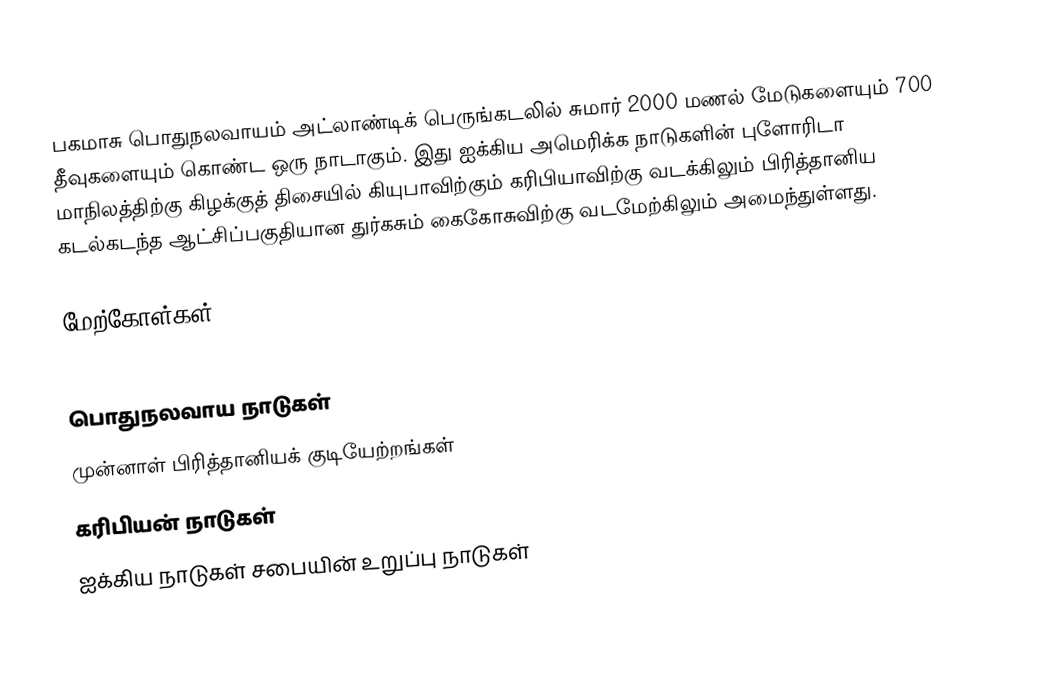
பகமாசு பொதுநலவாயம்  அட்லாண்டிக் பெருங்கடலில் சுமார் 2000 மணல் மேடுகளையும் 700 தீவுகளையும் கொண்ட ஒரு நாடாகும். இது ஐக்கிய அமெரிக்க நாடுகளின் புளோரிடா மாநிலத்திற்கு கிழக்குத் திசையில் கியுபாவிற்கும் கரிபியாவிற்கு வடக்கிலும் பிரித்தானிய கடல்கடந்த ஆட்சிப்பகுதியான துர்கசும் கைகோசுவிற்கு வடமேற்கிலும் அமைந்துள்ளது.

மேற்கோள்கள்

பொதுநலவாய நாடுகள்
முன்னாள் பிரித்தானியக் குடியேற்றங்கள்
கரிபியன் நாடுகள்
ஐக்கிய நாடுகள் சபையின் உறுப்பு நாடுகள்